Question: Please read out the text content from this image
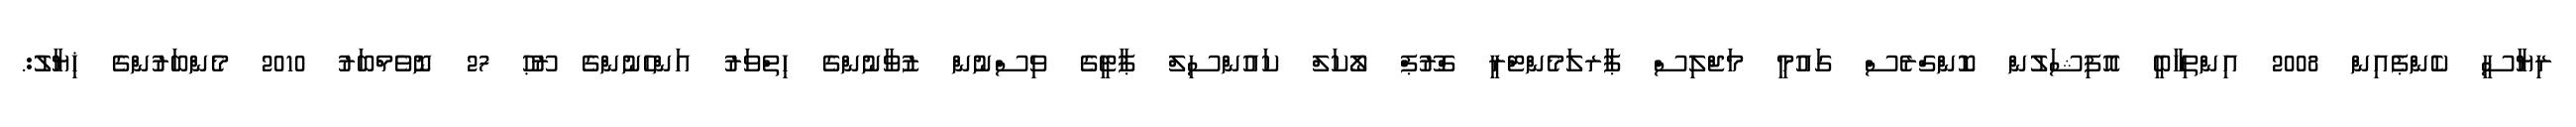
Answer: ރިޔާސީ ކެންޕެއިން 2008 އިންތިހާބީ އޮފިޝަލުން ކޮންގްރެސް ގައުމީ މަޖްލިސް ޕާރލަމެންޓްރީ ގްރޫޕް ލޯކަލް ކައުންސިލް ޕާޓީގެ ވިސްނުން ޒުވާނުންގެ ހިތްވަރު އަންހެނުންގެ ރޫޙު 27 ނޮވެމްބަރު 2010 މެންބަރުންގެ ޚިޔާލު:.